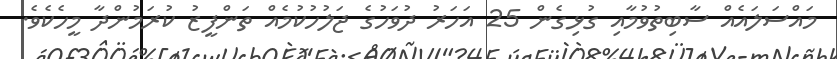
މައްސަލައެއް ސާބިތުވުމާއި ގުޅިގެން 25 އަހަރު ދުވަހުގެ ޖަލުހުކުމެއް ތަންފީޒު ކުރަމުންދާ މީހެކެވެ.